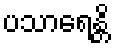
ပသာရေန္တိ